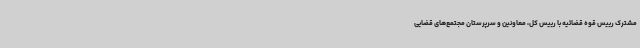
مشترک رییس قوه قضائیه با رییس کل، معاونین و سرپرستان مجتمع‌های قضایی